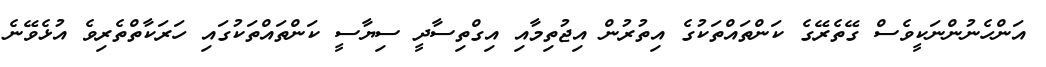
އަންހެނުންނަކީވެސް ގޭތެރޭގެ ކަންތައްތަކުގެ އިތުރުން އިޖުތިމާއި އިގްތިސާދީ ސިޔާސީ ކަންތައްތަކުގައި ހަރަކާތްތެރިވެ އުޅެވޭނެ